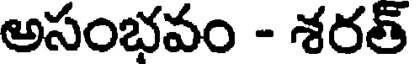
అసంభవం - శరత్